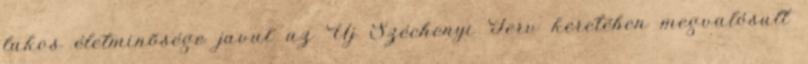
lakos életminõsége javul az Új Széchenyi Terv keretében megvalósult